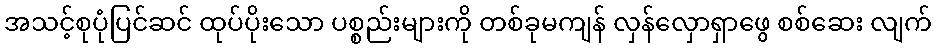
အသင့်စုပုံပြင်ဆင် ထုပ်ပိုးသော ပစ္စည်းများကို တစ်ခုမကျန် လှန်လှောရှာဖွေ စစ်ဆေး လျက်